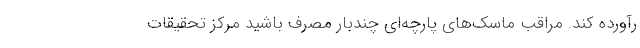
رآورده کند. مراقب ماسک‌های پارچه‌ای چندبار مصرف باشید مرکز تحقیقات